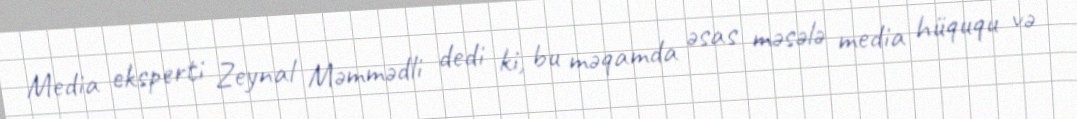
Media eksperti Zeynal Məmmədli dedi ki, bu məqamda əsas məsələ media hüququ və